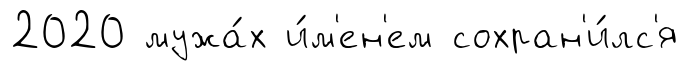
2020 мужа́х и́м'ен'ем сохран'и́лс'я